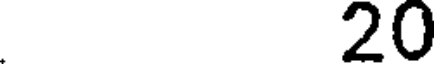
20